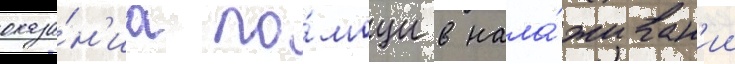
оказа́н'иа по́мощи в нала́живан'ии